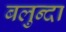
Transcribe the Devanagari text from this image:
बलुन्दा